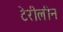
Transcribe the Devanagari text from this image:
टेरीलीन